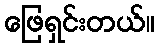
ဖြေရှင်းတယ်။